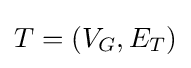
T=(V_{G},E_{T})